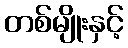
တစ်မျိုးနှင့်